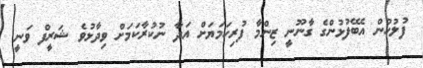
ފުލުހުން އެބޭފުޅުންގެ ގާނޫނީ ޒިންމާ ފުރިހަމަޔަށް އަދާ ނުކުރާކަމަށް ވިދާޅުވެ ޝަރީފް ވަނީ